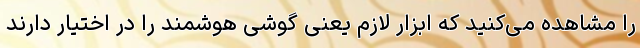
را مشاهده می‌کنید که ابزار لازم یعنی گوشی هوشمند را در اختیار دارند